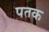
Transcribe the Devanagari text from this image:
पतक